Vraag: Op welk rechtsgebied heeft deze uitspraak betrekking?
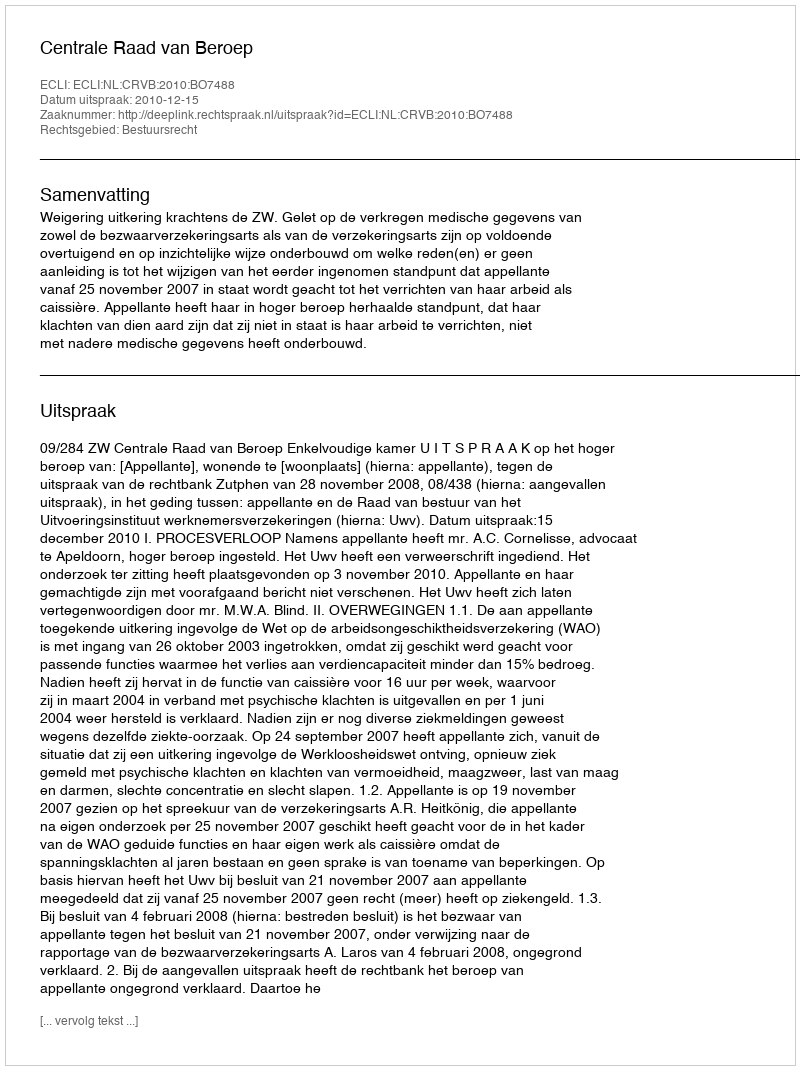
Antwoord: Bestuursrecht